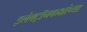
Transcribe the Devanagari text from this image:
इलेक्ट्रॉनकक्षांच्या